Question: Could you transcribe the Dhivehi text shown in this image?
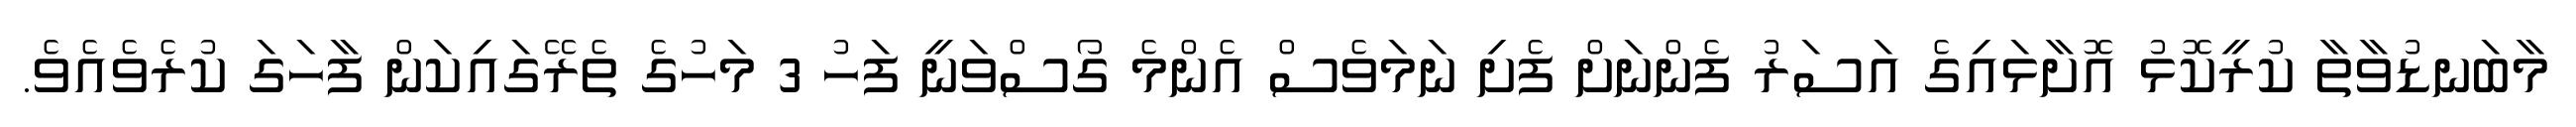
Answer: މާބަނޑުވާތާ ކުރީކޮޅު އޮށާޅައިގެ އަސަރު ފެންނަށް ފެށި ނަމަވެސް އެންމެ ގޯސްވަނީ ފަހު 3 މަހުގެ ތެރޭގައިކަން ފާހަގަ ކުރެވެއެވެ.